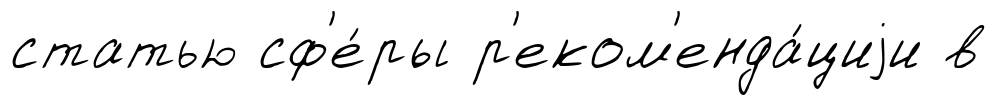
статью сф'е́ры р'еком'енда́циjи в